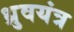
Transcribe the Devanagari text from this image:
ध्रुवयंत्र